Indian journal of veterinary science and animal husbandry - Volume 11,
Year: 1941
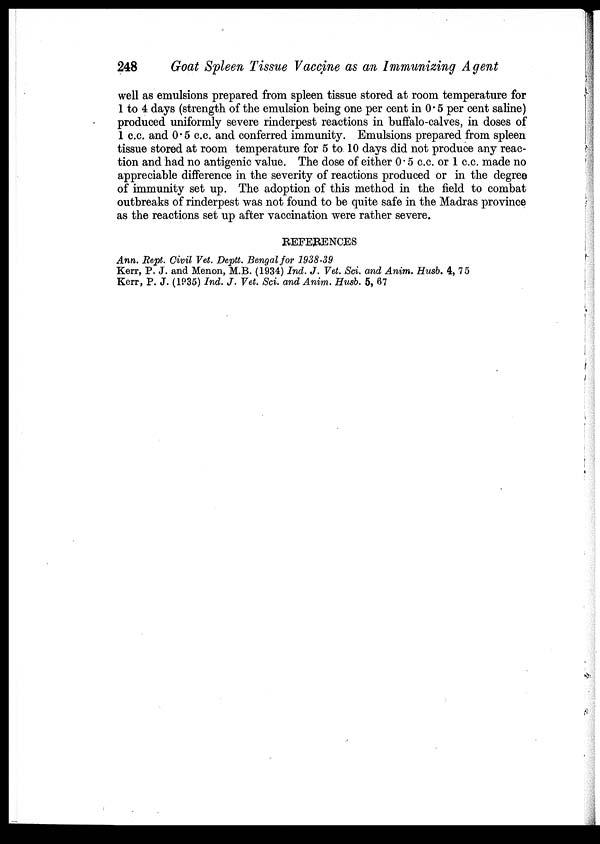
248
Goat Spleen Tissue Vaccine as an Immunizing Agent
well as emulsions prepared from spleen tissue stored at room temperature for
1 to 4 days (strength of the emulsion being one per cent in 0. 5 per cent saline)
produced uniformly severe rinderpest reactions in buffalo-calves, in doses of
1 c.c. and 0.5 c.c. and conferred immunity. Emulsions prepared from spleen
tissue stored at room temperature for 5 to 10 days did not produce any reac-
tion and had no antigenic value. The dose of either 0.5 c.c. or 1 c.c. made no
appreciable difference in the severity of reactions produced or in the degree
of immunity set up. The adoption of this method in the field to combat
outbreaks of rinderpest was not found to be quite safe in the Madras province
as the reactions set up after vaccination were rather severe.
REFERENCES
Ann. Rept. Civil Vet. Deptt. Bengal for 1938-39
Kerr, P. J. and Menon, M.B. (1934) Ind. J. Vet. Sci. and Anim. Husb. 4, 75
Kerr, P. J. (1935) Ind. J. Vet. Sci. and Anim. Husb. 5, 67